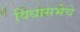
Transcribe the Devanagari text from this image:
विधासभेचे